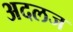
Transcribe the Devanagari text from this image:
अदलज